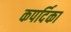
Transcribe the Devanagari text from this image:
कपर्दिका